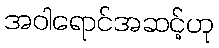
အဝါရောင်အဆင့်ဟု